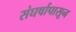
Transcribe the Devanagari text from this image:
संघर्षापासून